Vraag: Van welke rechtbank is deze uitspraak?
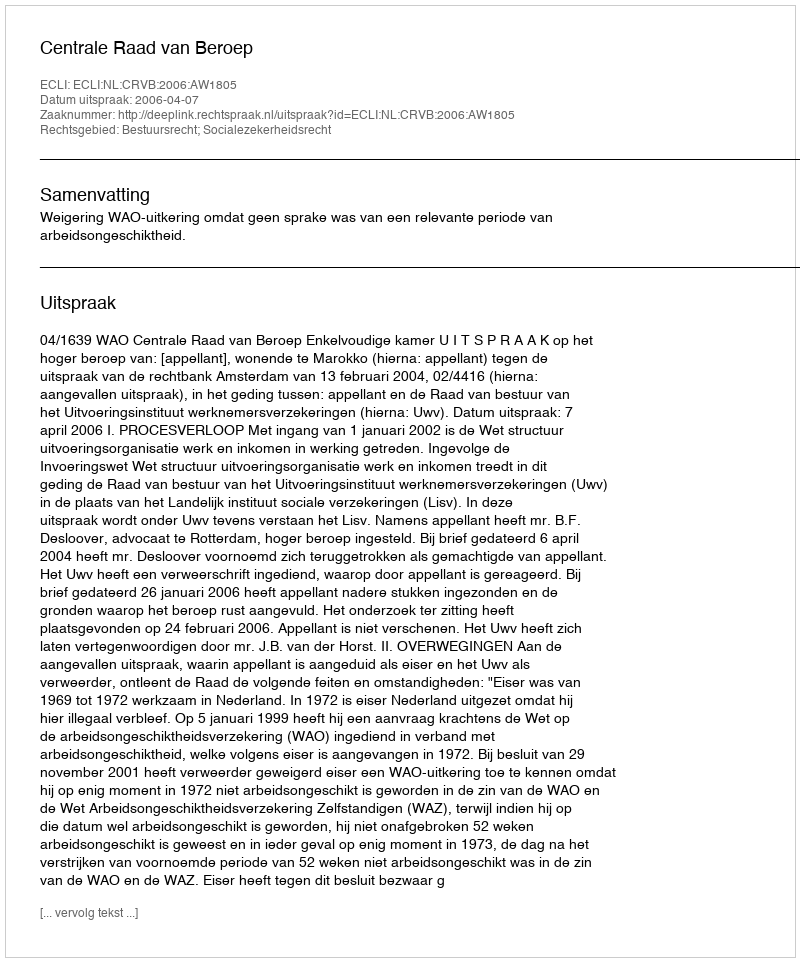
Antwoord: Centrale Raad van Beroep